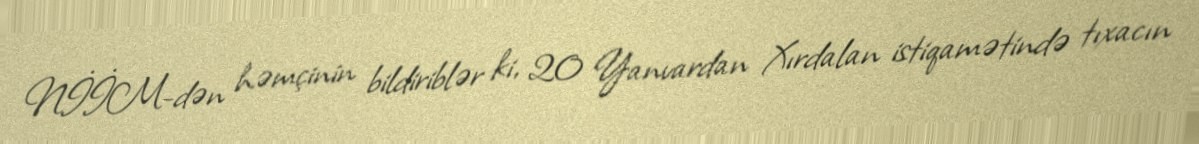
NİİM-dən həmçinin bildiriblər ki, 20 Yanvardan Xırdalan istiqamətində tıxacın